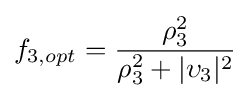
f_{3,opt}={\frac {\rho _{3}^{2}}{\rho _{3}^{2}+|\upsilon _{3}|^{2}}}